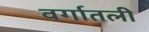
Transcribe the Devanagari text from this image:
वर्गातली